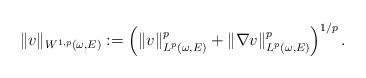
LaTeX: \begin{align*} \| v \|_{W^{1,p}(\omega,E)}:= \left( \| v \|_{L^p(\omega,E)}^p + \| \nabla v \|_{L^p(\omega,E)}^p \right)^{1/p}.\end{align*}